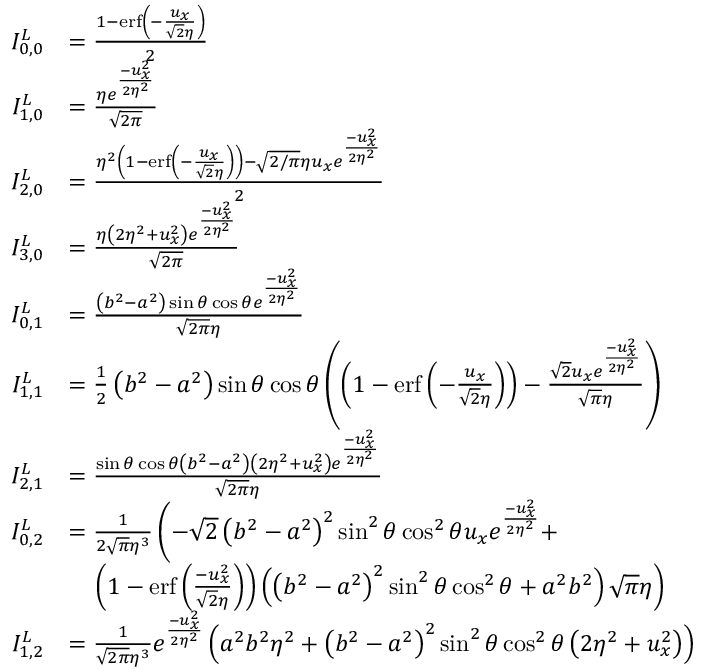
\begin{array} { r l } { I _ { 0 , 0 } ^ { L } } & { = \frac { 1 - \operatorname { e r f } \left( - \frac { u _ { x } } { \sqrt { 2 } \eta } \right) } { 2 } } \\ { I _ { 1 , 0 } ^ { L } } & { = \frac { \eta e ^ { \frac { - u _ { x } ^ { 2 } } { 2 \eta ^ { 2 } } } } { \sqrt { 2 \pi } } } \\ { I _ { 2 , 0 } ^ { L } } & { = \frac { \eta ^ { 2 } \left( 1 - \operatorname { e r f } \left( - \frac { u _ { x } } { \sqrt { 2 } \eta } \right) \right) - \sqrt { 2 / \pi } \eta u _ { x } e ^ { \frac { - u _ { x } ^ { 2 } } { 2 \eta ^ { 2 } } } } { 2 } } \\ { I _ { 3 , 0 } ^ { L } } & { = \frac { \eta \left( 2 \eta ^ { 2 } + u _ { x } ^ { 2 } \right) e ^ { \frac { - u _ { x } ^ { 2 } } { 2 \eta ^ { 2 } } } } { \sqrt { 2 \pi } } } \\ { I _ { 0 , 1 } ^ { L } } & { = \frac { \left( b ^ { 2 } - a ^ { 2 } \right) \sin \theta \cos \theta e ^ { \frac { - u _ { x } ^ { 2 } } { 2 \eta ^ { 2 } } } } { \sqrt { 2 \pi } \eta } } \\ { I _ { 1 , 1 } ^ { L } } & { = \frac { 1 } { 2 } \left( b ^ { 2 } - a ^ { 2 } \right) \sin \theta \cos \theta \left( \left( 1 - \operatorname { e r f } \left( - \frac { u _ { x } } { \sqrt { 2 } \eta } \right) \right) - \frac { \sqrt { 2 } u _ { x } e ^ { \frac { - u _ { x } ^ { 2 } } { 2 \eta ^ { 2 } } } } { \sqrt { \pi } \eta } \right) } \\ { I _ { 2 , 1 } ^ { L } } & { = \frac { \sin \theta \cos \theta \left( b ^ { 2 } - a ^ { 2 } \right) \left( 2 \eta ^ { 2 } + u _ { x } ^ { 2 } \right) e ^ { \frac { - u _ { x } ^ { 2 } } { 2 \eta ^ { 2 } } } } { \sqrt { 2 \pi } \eta } } \\ { I _ { 0 , 2 } ^ { L } } & { = \frac { 1 } { 2 \sqrt { \pi } \eta ^ { 3 } } \left( - \sqrt { 2 } \left( b ^ { 2 } - a ^ { 2 } \right) ^ { 2 } \sin ^ { 2 } \theta \cos ^ { 2 } \theta u _ { x } e ^ { \frac { - u _ { x } ^ { 2 } } { 2 \eta ^ { 2 } } } + \right. } \\ { \phantom { = \; \; } } & { \left. \quad \left( 1 - \operatorname { e r f } \left( \frac { - u _ { x } ^ { 2 } } { \sqrt { 2 } \eta } \right) \right) \left( \left( b ^ { 2 } - a ^ { 2 } \right) ^ { 2 } \sin ^ { 2 } \theta \cos ^ { 2 } \theta + a ^ { 2 } b ^ { 2 } \right) \sqrt { \pi } \eta \right) } \\ { I _ { 1 , 2 } ^ { L } } & { = \frac { 1 } { \sqrt { 2 \pi } \eta ^ { 3 } } e ^ { \frac { - u _ { x } ^ { 2 } } { 2 \eta ^ { 2 } } } \left( a ^ { 2 } b ^ { 2 } \eta ^ { 2 } + \left( b ^ { 2 } - a ^ { 2 } \right) ^ { 2 } \sin ^ { 2 } \theta \cos ^ { 2 } \theta \left( 2 \eta ^ { 2 } + u _ { x } ^ { 2 } \right) \right) } \end{array}